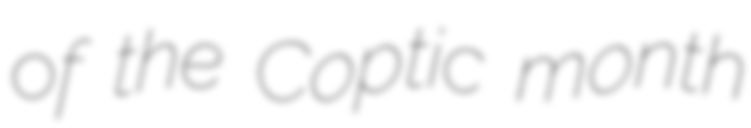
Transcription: of the Coptic month